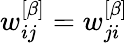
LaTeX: w_{ij}^{\left[\beta\right]}=w_{ji}^{\left[\beta\right]}